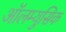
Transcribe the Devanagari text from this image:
ऑलम्युसिक